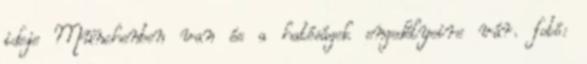
ideje Münchenben van és a hatóságok engedélyeire vár. fotó: